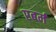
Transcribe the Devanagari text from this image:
एबर्म